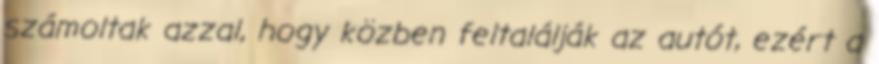
számoltak azzal, hogy közben feltalálják az autót, ezért a